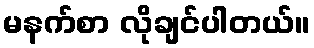
မနက်စာ လိုချင်ပါတယ်။